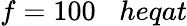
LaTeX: f=100\; \; \; heqat